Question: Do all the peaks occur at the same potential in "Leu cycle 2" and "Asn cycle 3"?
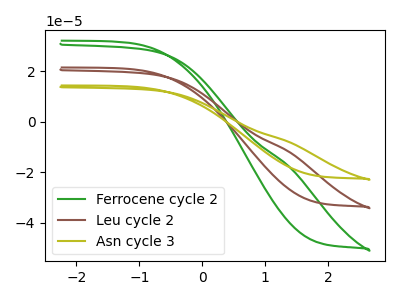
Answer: <think>The green curve "Ferrocene cycle 2" has no peaks. The brown curve "Leu cycle 2" has no peaks. The olive curve "Asn cycle 3" has no peaks.</think>
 <answer>Niether CV has any peaks.</answer>
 <eval>blanks</eval>